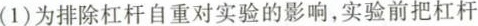
(1)为排除杠杆自重对实验的影响，实验前把杠杆